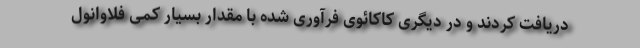
دریافت کردند و در دیگری کاکائوی فرآوری شده با مقدار بسیار کمی فلاوانول